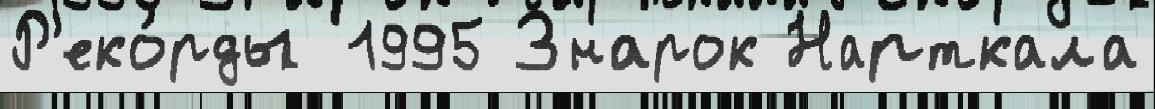
Р'еко́рды 1995 Знарок Нарткала